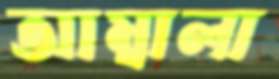
আম্বালা